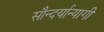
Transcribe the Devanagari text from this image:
सौन्दर्यान्यागी